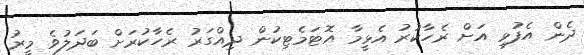
ދެން އެފުޅި އަށް ރެހާކުރު އެޅީމާ އޮޓަމެޓިކުން ދިއްގަރު ރެހާކުރަށް ބަދަލުވެ މީރު